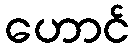
ဟောင်